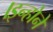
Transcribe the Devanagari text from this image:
।इन्होने